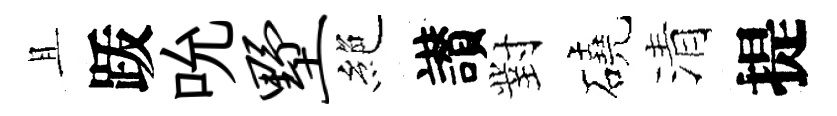
且䟦吮墅絶讃對磽清提